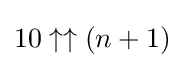
10\uparrow \uparrow (n+1)